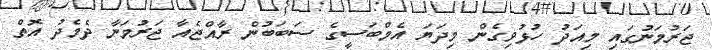
ޖަރުމަނުގައި މިއަދު ހުޅުވިގެން މިދަޔަ އެމްބަސީގެ ސަބަބުން ރާއްޖެއާ ޖަރުމަނާ ދެމެދު އޮތް